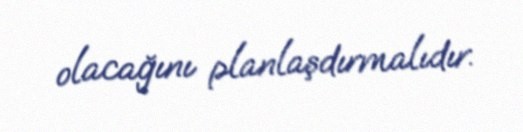
olacağını planlaşdırmalıdır.